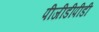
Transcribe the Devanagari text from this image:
पीजीडीपीडी